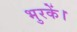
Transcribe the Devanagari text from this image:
भुरकें।